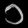
Digit: ၁